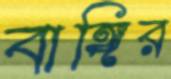
বাঙ্গির